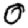
Digit: 0